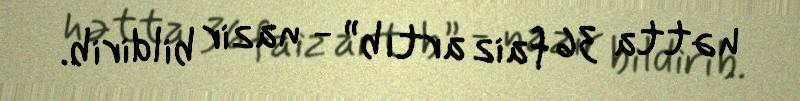
hətta 36 faiz artıb” - nazir bildirib.